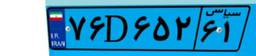
۷۶D۶۵۲۶۱